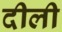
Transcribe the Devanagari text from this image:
दीली